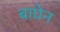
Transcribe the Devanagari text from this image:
बाघेन